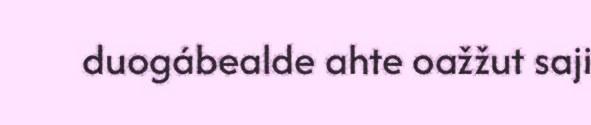
duogábealde ahte oažžut saji